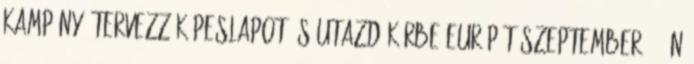
kampány. Tervezz képeslapot és utazd körbe Európát Szeptember 26-án